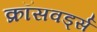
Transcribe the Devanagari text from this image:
क्रॉसवर्ड्स